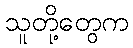
သူတို့တွေက